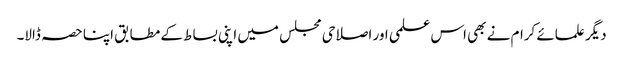
دیگر علمائے کرام نے بھی اس علمی اور اصلاحی مجلس میں اپنی بساط کے مطابق اپنا حصہ ڈالا۔